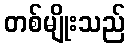
တစ်မျိုးသည်